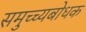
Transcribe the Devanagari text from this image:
समुच्च्यबोधक